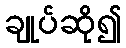
ချုပ်ဆို၍